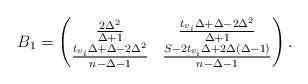
LaTeX: \begin{align*}B_1= \begin{pmatrix} \frac{2\Delta ^{2}}{\Delta +1} & \frac{t_{v_{i}}\Delta +\Delta-2\Delta^{2}}{\Delta +1} \\ \frac{t_{v_{i}}\Delta +\Delta-2\Delta^{2}}{n-\Delta -1 } & \frac{S-2 t_{v_{i}} \Delta +2\Delta(\Delta-1)}{n-\Delta -1} \end{pmatrix}.\end{align*}